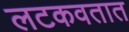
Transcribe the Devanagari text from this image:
लटकवतात